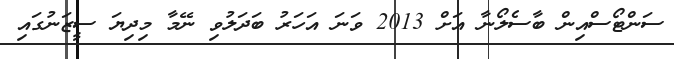
ސަންޓޯސްއިން ބާސެލޯނާ އަށް 2013 ވަނަ އަހަރު ބަދަލުވި ނޭމާ މިދިޔަ ސީޒަނުގައި